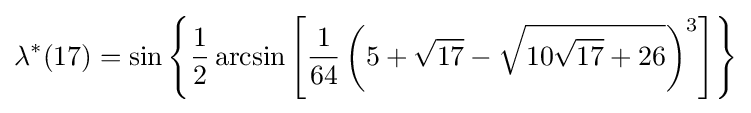
\lambda ^{*}(17)=\sin \left\{{\frac {1}{2}}\arcsin \left[{\frac {1}{64}}\left(5+{\sqrt {17}}-{\sqrt {10{\sqrt {17}}+26}}\right)^{3}\right]\right\}